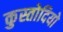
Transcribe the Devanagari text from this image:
कुस्तोदियो